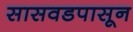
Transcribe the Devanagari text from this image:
सासवडपासून